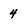
Character: 4